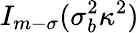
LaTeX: I_{m-\sigma}(\sigma_{b}^{2}\kappa^{2})